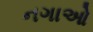
નગાઓ